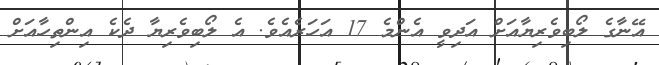
އޭނާގެ ލޯބިވެރިޔާއަށް އަދިވީ އެންމެ 17 އަހަރެއެވެ. އެ ލޯބިވެރިޔާ ދެކެ އިންތިހާއަށް